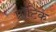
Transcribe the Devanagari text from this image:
प्रॉटिक